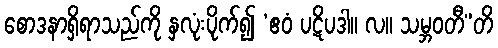
စောဒနာရှိရာသည်ကို နှလုံးပိုက်၍ ‘ဧဝံ ပဋိပဒါ။ လ။ သမ္ဘဝတီ”တိ